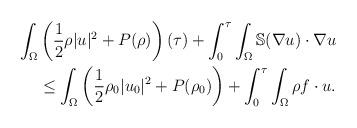
LaTeX: \begin{align*}\int_\Omega &\left(\frac{1}{2}\rho|u|^2+P(\rho)\right)(\tau)+\int_0^\tau\int_\Omega \mathbb S(\nabla u)\cdot\nabla u\\&\leq \int_\Omega \left(\frac{1}{2}\rho_0|u_0|^2+P(\rho_0)\right)+\int_0^\tau\int_\Omega \rho f\cdot u.\end{align*}